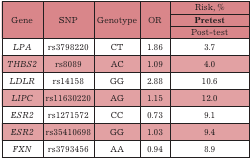
| <ROWSPAN=3> Gene | <ROWSPAN=3> SNP | <ROWSPAN=3> Genotype | <ROWSPAN=3> OR | Risk, % |
 | Pretest |
 | Post-test |
 | --- | --- | --- | --- | --- |
 | LPA | rs3798220 | CT | 1.86 | 3.7 |
 | THBS2 | rs8089 | AC | 1.09 | 4.0 |
 | LDLR | rs14158 | GG | 2.88 | 10.6 |
 | LIPC | rs11630220 | AG | 1.15 | 12.0 |
 | ESR2 | rs1271572 | CC | 0.73 | 9.1 |
 | ESR2 | rs35410698 | GG | 1.03 | 9.4 |
 | FXN | rs3793456 | AA | 0.94 | 8.9 |